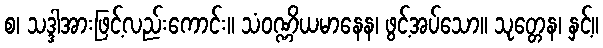
စ၊ သဒ္ဒါအားဖြင့်လည်းကောင်း။ သံဝဏ္ဏိယမာနေန၊ ဖွင့်အပ်သော။ သုတ္တေန၊ နှင့်။